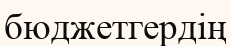
бюджетгердің